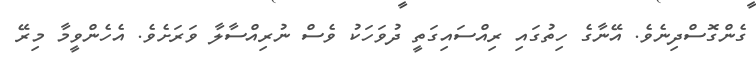
ގެންގޮސްދިނެވެ. އޭނާގެ ހިތުގައި ރިއްސައިގަތީ ދުވަހަކު ވެސް ނުރިއްސާލާ ވަރަށެވެ. އެހެންވީމާ މިރޭ